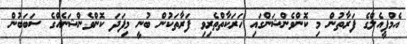
އެމްޕީއެލްގެ ފަރާތުން މި ކޮންވެންޝަންގައި ހަރަކާތްތެރިވި ފަރާތަކުން ބުނީ މިފަދަ ކޮންވެންޝަނެއްގެ ސަބަބުން